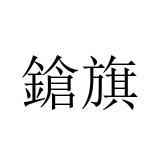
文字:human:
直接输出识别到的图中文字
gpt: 鎗旗